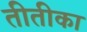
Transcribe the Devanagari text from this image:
तीतीका